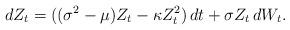
LaTeX: \begin{align*}dZ_t = ((\sigma^2-\mu) Z_t-\kappa Z_t^2)\,dt+\sigma Z_t \,dW_t.\end{align*}